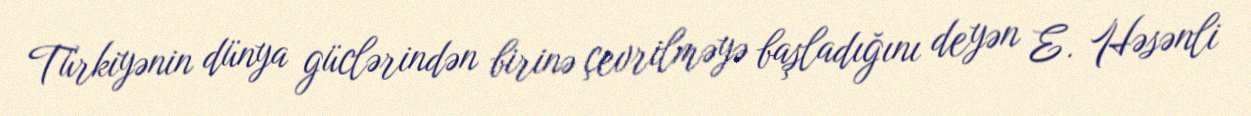
Türkiyənin dünya güclərindən birinə çevrilməyə başladığını deyən E. Həsənli